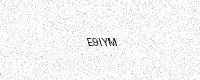
Text: E9IYM